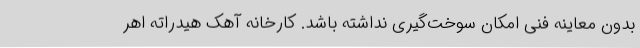
بدون معاینه فنی امکان سوخت‌گیری نداشته باشد. کارخانه آهک هیدراته اهر